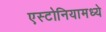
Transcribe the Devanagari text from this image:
एस्टोनियामध्ये